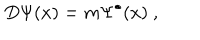
LaTeX: D \Psi ( x ) = m \Psi ^ { \bullet } ( x ) ~ ,